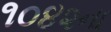
૧૦૪૨ના